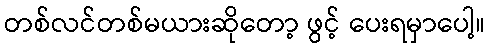
တစ်လင်တစ်မယားဆိုတော့ ဖွင့် ပေးရမှာပေါ့။